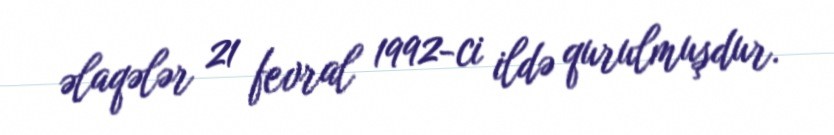
əlaqələr 21 fevral 1992-ci ildə qurulmuşdur.